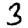
Digit: 3